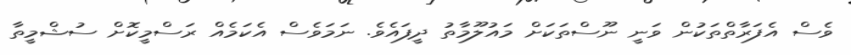
ވެސް އެފަރާތްތަކުން ވަނީ ނޫސްތަކަށް މައުލޫމާތު ދީފައެވެ. ނަމަވެސް އެކަމެއް ރަސްމީކޮށް ސުޝްމީތާ